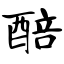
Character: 醅